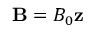
{ \bf { B } } = B _ { 0 } { \bf { z } }